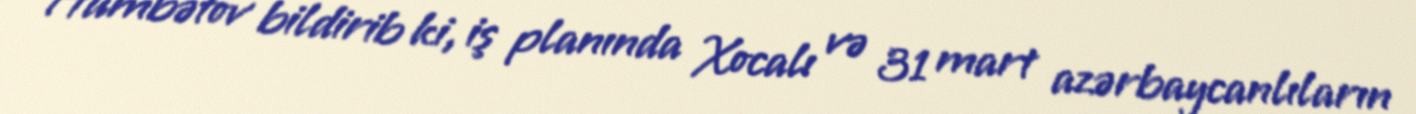
Hümbətov bildirib ki, iş planında Xocalı və 31 mart azərbaycanlıların